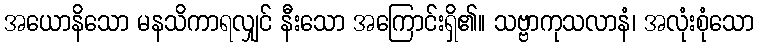
အယောနိသော မနသိကာရလျှင် နီးသော အကြောင်းရှိ၏။ သဗ္ဗာကုသလာနံ၊ အလုံးစုံသော